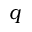
q